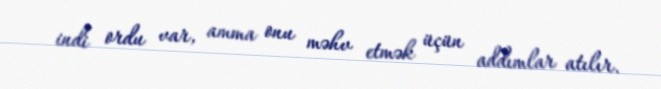
indi ordu var, amma onu məhv etmək üçün addımlar atılır.